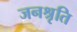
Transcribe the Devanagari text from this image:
जनश्रृति